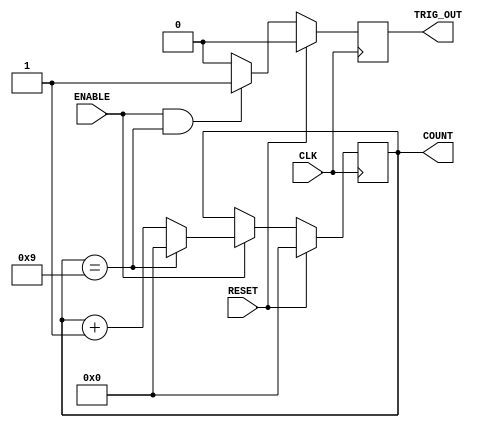
`timescale 1ns / 1ps
//////////////////////////////////////////////////////////////////////////////////
// Company: 
// Engineer: 
// 
// Design Name: 
// Module Name: generic_counter
// Project Name: 
// Target Devices: 
// Tool Versions: 
// Description: 
// 
// Dependencies: 
// 
// Revision:
// Revision 0.01 - File Created
// Additional Comments:
// 
//////////////////////////////////////////////////////////////////////////////////


module generic_counter(
        CLK,
        RESET,
        ENABLE,
        TRIG_OUT,
        COUNT
    );
    
    parameter width = 4;
    parameter max   = 9;
    
    input   CLK;
    input   RESET;
    input   ENABLE;
    output  TRIG_OUT;
    output [width-1:0]  COUNT;
    
    reg [width-1:0] count_value = 0;
    reg trigger_out = 0;
    
    always@(posedge CLK) begin
        if (RESET)
            count_value <= 0;
        else begin
            if (ENABLE) begin
                if (count_value == max)
                    count_value <= 0;
                else
                    count_value <= count_value + 1;
            end
        end
    end
    
    always@(posedge CLK) begin
        if (RESET)
            trigger_out <= 0;
        else begin
            if (ENABLE && (count_value == max))
                trigger_out <= 1;
            else 
                trigger_out <= 0;
        end
    end
    
    assign TRIG_OUT = trigger_out;
    assign COUNT    = count_value;
    
endmodule